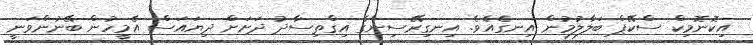
އިކޮނޮމިކް ސްކޭޕް ބަލާލުމުން އިނގެއެވެ. އިނގިރޭސިންގެ އިގްތިސާދު ދަށަށް ދިޔައަސް އެމީހުން ބޭނުންވަނީ